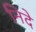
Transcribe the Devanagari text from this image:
निदे